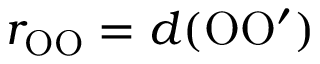
r _ { \mathrm { O O } } = d ( \mathrm { O O ^ { \prime } } )